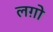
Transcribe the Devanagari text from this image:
लग़ो